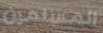
المسلمين